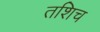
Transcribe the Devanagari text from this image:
तशिच